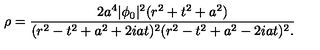
\rho = { \frac { 2 a ^ { 4 } | \phi _ { 0 } | ^ { 2 } ( r ^ { 2 } + t ^ { 2 } + a ^ { 2 } ) } { ( r ^ { 2 } - t ^ { 2 } + a ^ { 2 } + 2 i a t ) ^ { 2 } ( r ^ { 2 } - t ^ { 2 } + a ^ { 2 } - 2 i a t ) ^ { 2 } . } }